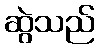
ဆွဲသည်